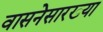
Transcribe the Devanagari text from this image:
वासनेसारख्या